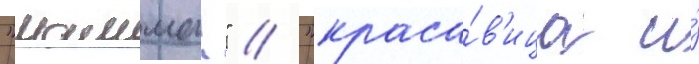
"мамма!" // "краса́в'ица и́